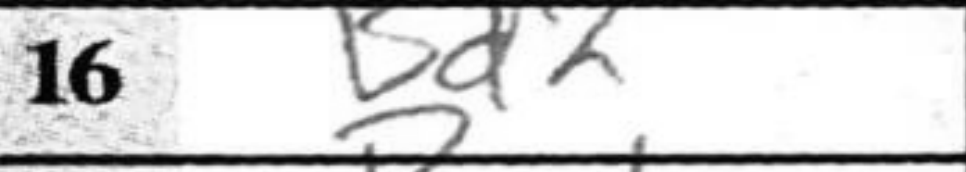
Transcription: Bd2